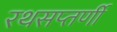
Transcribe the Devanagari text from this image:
रथसप्‍तर्णी